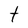
Character: t